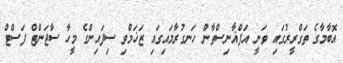
އޮބާމާގެ ތަގްރީރުގައި ވަނީ އަފްޣާނިސްތާން ހަނގުރާމައިގައި ޒަޚަމްވި ސިފައިންގެ މީހާ ސާޖަންޓް ފަސްޓް